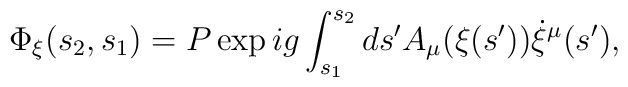
\Phi_\xi(s_2, s_1) = P \exp ig \int_{s_1}^{s_2} ds' A_\mu(\xi(s'))   \dot{\xi}^\mu(s'),